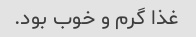
غذا گرم و خوب بود.